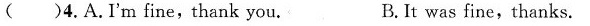
( )4.A.I'm fine,thank you. B.It was fine,thanks.